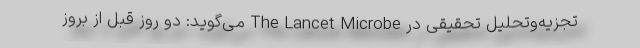
تجزیه‌وتحلیل تحقیقی در The Lancet Microbe می‌گوید: دو روز قبل از بروز